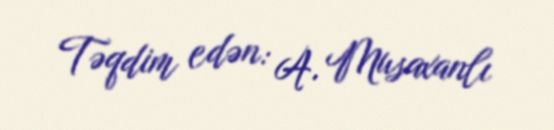
Təqdim edən: A. Musaxanlı